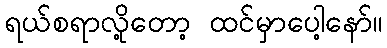
ရယ်စရာလို့တော့ ထင်မှာပေါ့နော်။